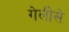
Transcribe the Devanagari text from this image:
गेलीसे